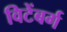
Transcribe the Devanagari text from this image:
विटेंबर्ग